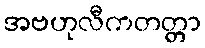
အဗဟုလီကတတ္တာ